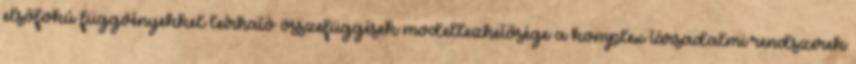
elsőfokú függvényekkel leírható összefüggések modellezhetősége a komplex társadalmi rendszerek